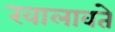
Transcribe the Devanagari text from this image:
खालावते